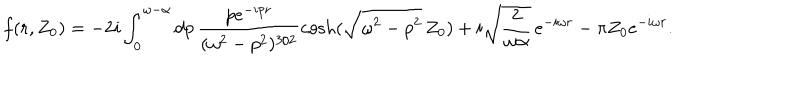
f ( r , Z _ { 0 } ) = - 2 i \int _ { 0 } ^ { \omega - \alpha } d p \, \frac { p e ^ { - i p r } } { ( \omega ^ { 2 } - p ^ { 2 } ) ^ { 3 / 2 } } \cosh ( \sqrt { \omega ^ { 2 } - p ^ { 2 } } \, Z _ { 0 } ) + i \sqrt { \frac { 2 } { \omega \alpha } } \, e ^ { - i \omega r } - \pi Z _ { 0 } e ^ { - i \omega r } .